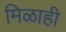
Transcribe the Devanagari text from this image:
मिळाही